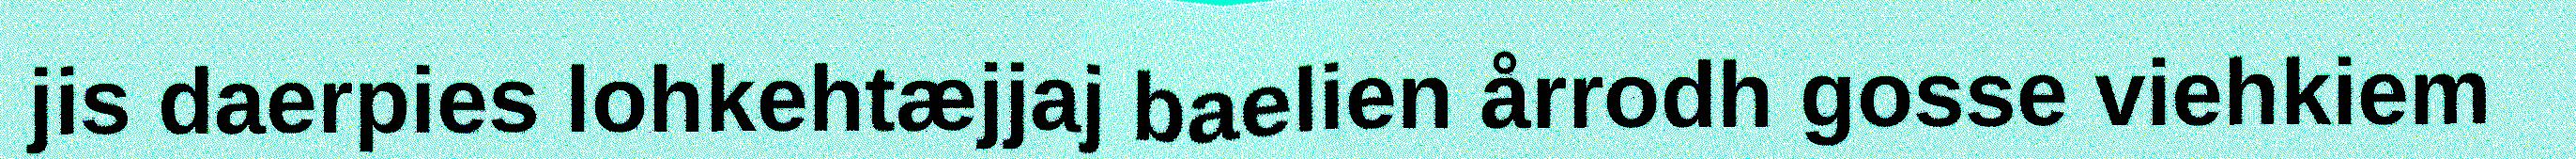
jis daerpies lohkehtæjjaj baelien årrodh gosse viehkiem